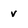
Character: v